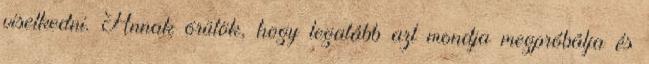
viselkedni. Annak örülök, hogy legalább azt mondja megpróbálja és